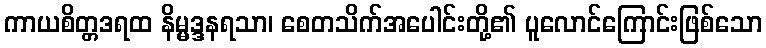
ကာယစိတ္တဒရထ နိမ္မဒ္ဒနရသာ၊ စေတသိက်အပေါင်းတို့၏ ပူလောင်ကြောင်းဖြစ်သော